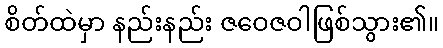
စိတ်ထဲမှာ နည်းနည်း ဇဝေဇဝါဖြစ်သွား၏။